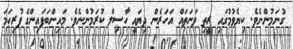
ގުނަމުންނެވެ. ކިޔެވުމުގައި ރީތި ވަނަތައް އަހަރެން ދިޔައީ ހާސިލް ކުރަމުންނެވެ. މައިންބަޕައިންގެ ފުރިހަމަ